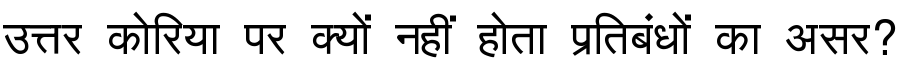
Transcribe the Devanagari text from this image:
उत्तर कोरिया पर क्यों नहीं होता प्रतिबंधों का असर?